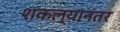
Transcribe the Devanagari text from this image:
शकल्यानंतर